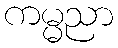
ကမ္မညာ